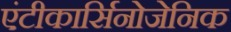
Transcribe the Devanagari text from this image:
एंटीकार्सिनोजेनिक